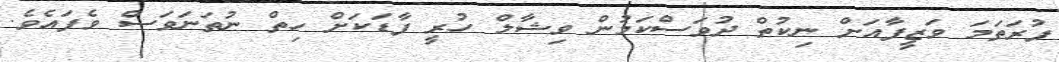
ފުރަތަމަ ވަޒީފާއަށް ނިކުތް ދުވަސްކަމުން ވިޝާލް ހުރީ ފާޑަކަށް ހިތް ނުތަނަވަސް ވެފައެވެ.